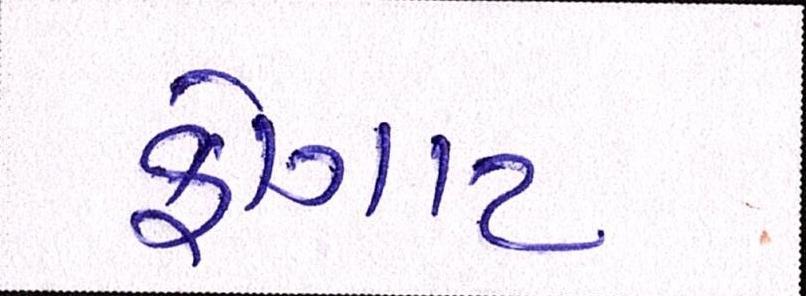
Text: ફોગાટ